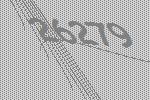
26279